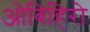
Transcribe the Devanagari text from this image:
ओबिहिरो